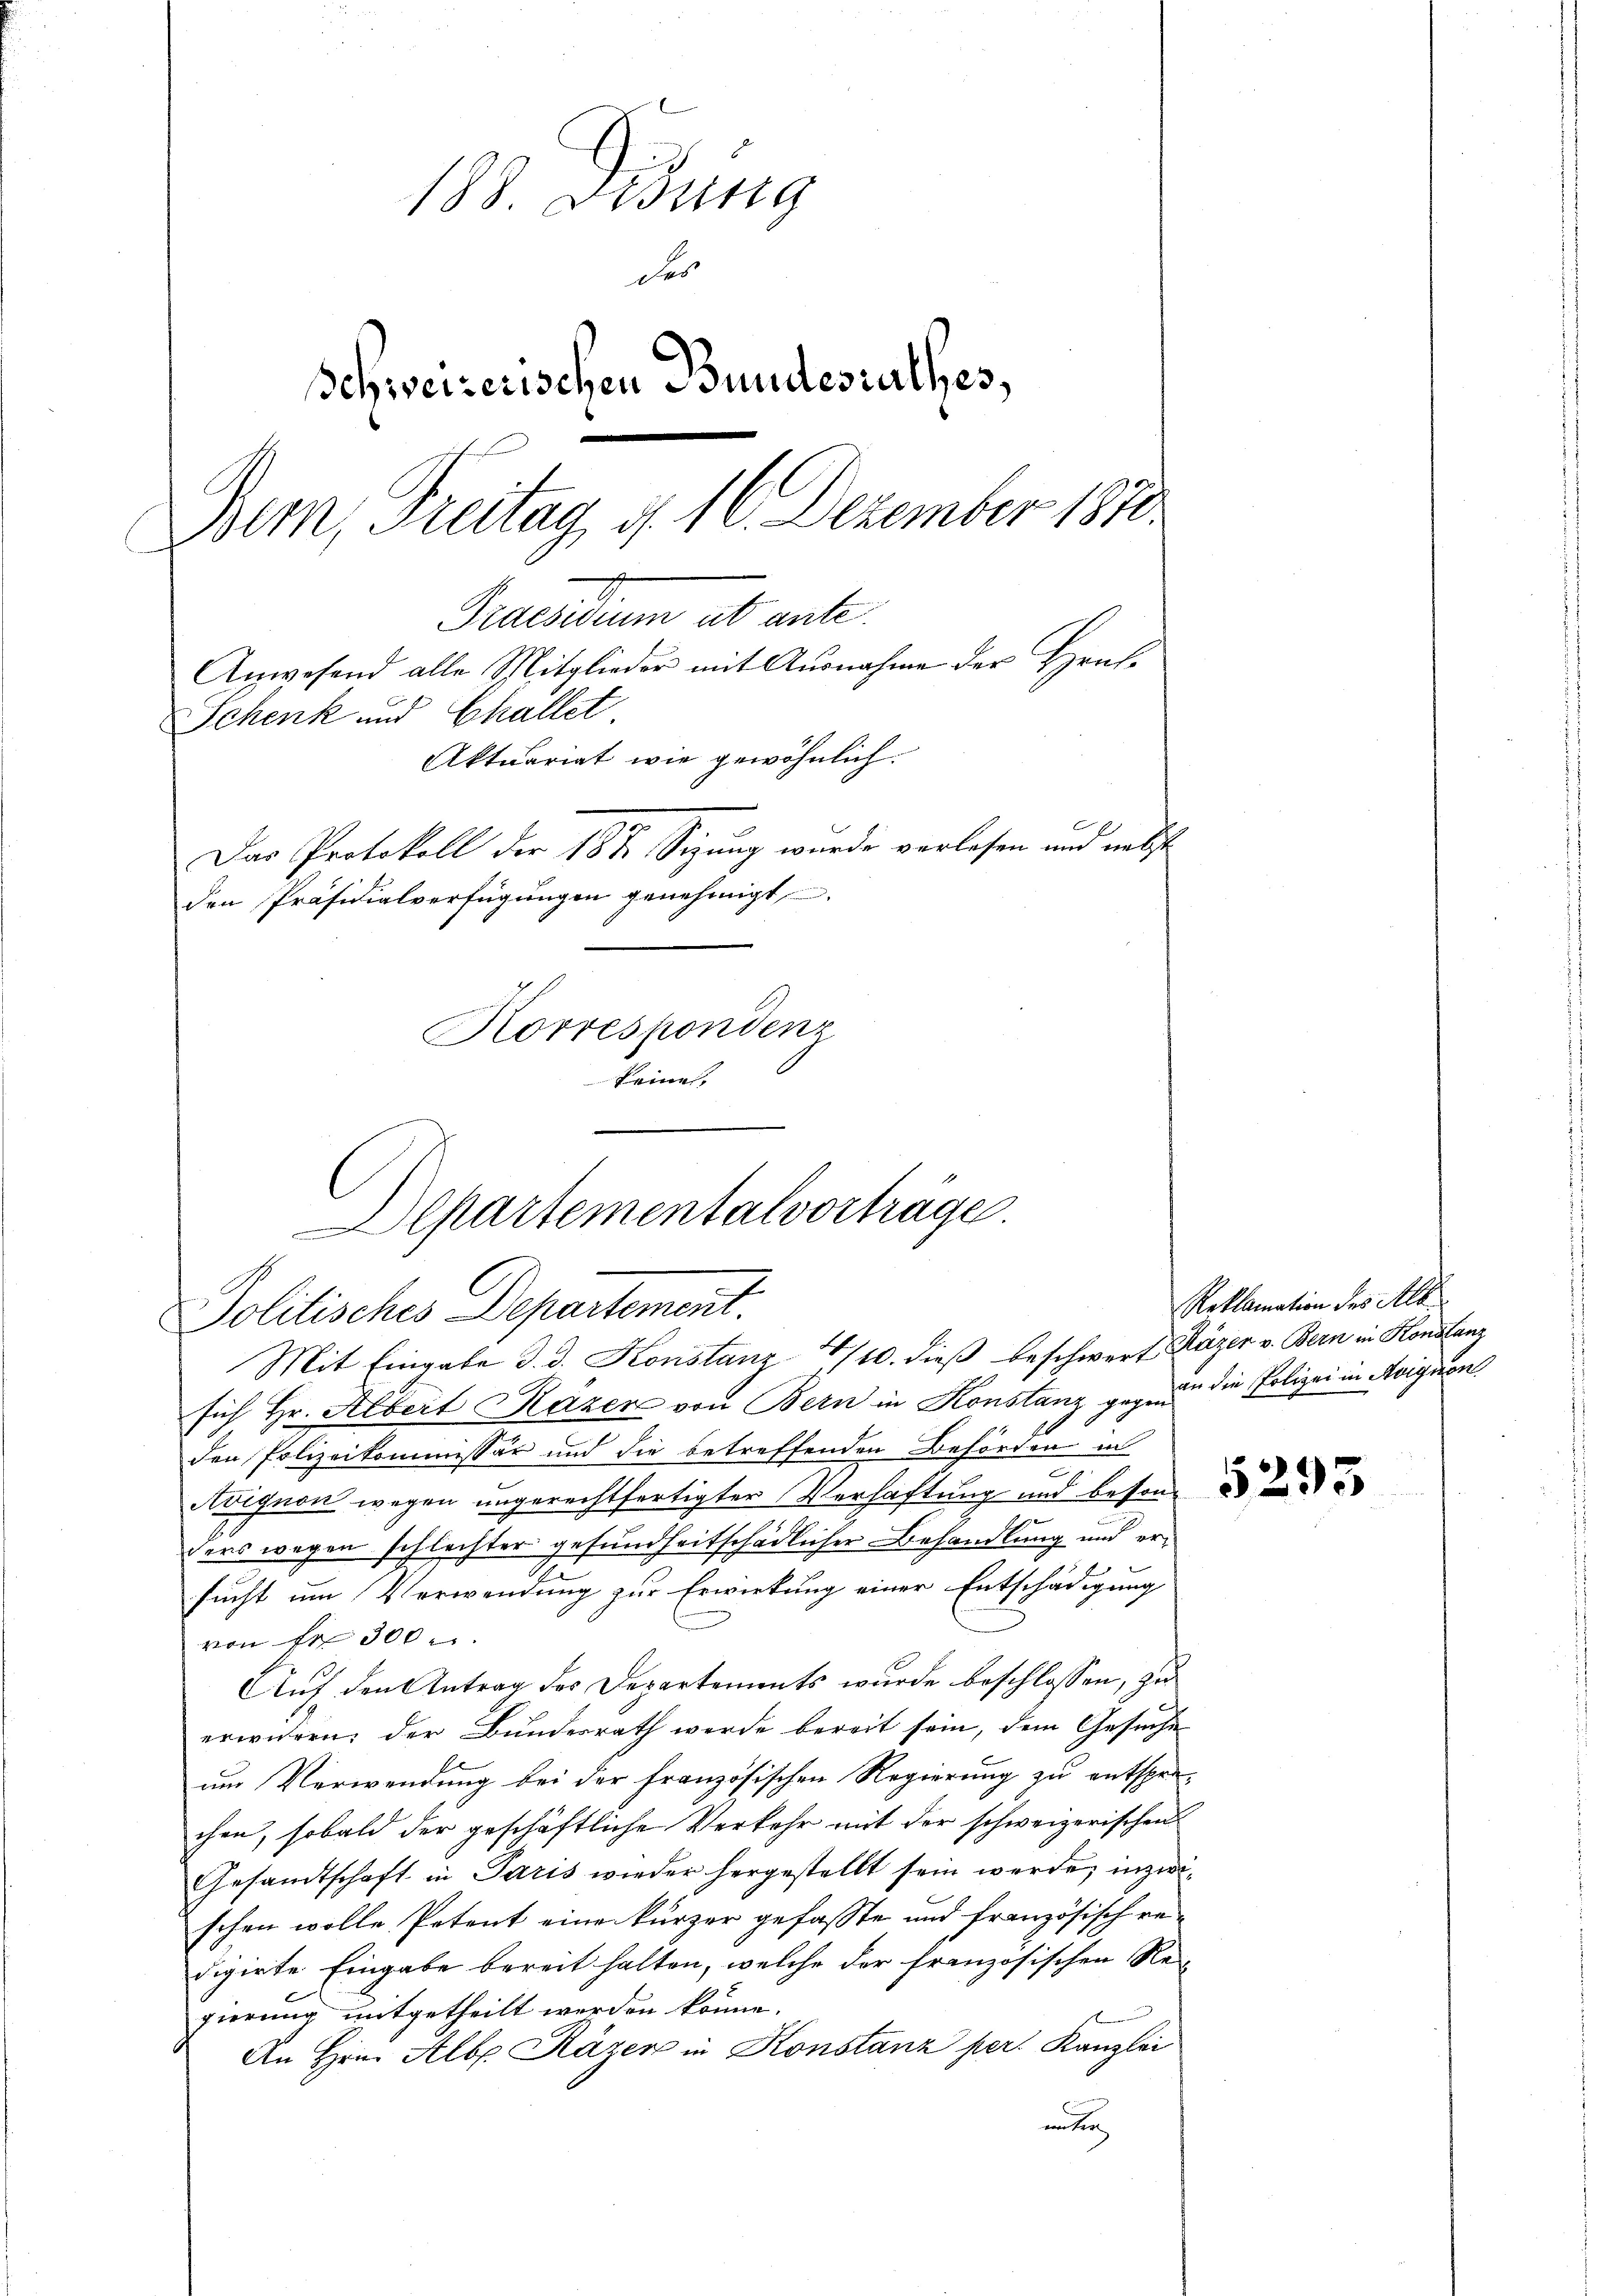
188. Sedung
der
Schweizerischen Bundesrathes,
Bem, Freitag d. 16. Dezember 1870
Praesidium ab ante
Anwesend alle Mitglieder mit Ausnahme der Hruf¬
Schenk und Challet
Aktuariat wie gewöhnlich.
Das Protokoll der 18 te Sitzung wurde verlesen und nebst
den Präsidialverfügungen genehmigt.
Korrespondenz
keine,

lpartementalvorträge.
Politisches Departement.
Mit Eingabe d. d. Konstanz 4/10. dieß beschwert Käzer v. Bern in Honstanz

sich Hr. Albert Pazer von Bern in Konstanz gegen die Polizei in Aignen
den Polizeikommissär und die betreffenden Behörden in
Aoignon wegen ungerechtfertigter Verhaftung und besonde
ders wegen schlechter gesundheitschädlicher Behandlung und ersucht um Verwendung zur Erwirkung einer Entschädigung
von Fr. 300
Auf den Antrag des Departements wurde beschlossen, zu
erwidern; der Bundesrath werde bereit sein, dem Gesuche
um Verwendung bei der französischen Regierung zu entspre-
chen, sobald der geschäftliche Verkehr mit der schweizerischen
Gesandtschaft in Paris wieder hergestellt sein werde; inzwischen wolle Petent eine kurzer gefasste und französisch redigirte Eingabe bereit halten, welche der französischen Re-
gierung mitgetheilt werden könne.
An Hrn. Alb. Räzen in Konstanz per. Kanzlei

Reklamation des Alb.